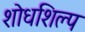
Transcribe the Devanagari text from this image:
शोधशिल्प